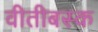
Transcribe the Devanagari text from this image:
वीतीबस्क